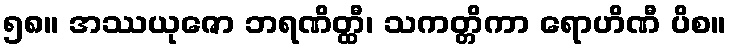
၅၈။ အဿယုဇော ဘရဏိတ္ထီ၊ သကတ္တိကာ ရောဟိဏီ ပိစ။